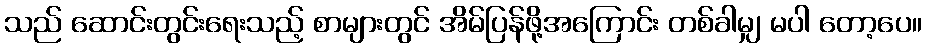
သည် ဆောင်းတွင်းရေးသည့် စာများတွင် အိမ်ပြန်ဖို့အကြောင်း တစ်ခါမျှ မပါ တော့ပေ။